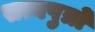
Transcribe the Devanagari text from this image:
सत्यपुत्रों